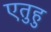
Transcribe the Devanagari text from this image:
एतुहु